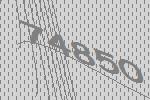
74850